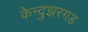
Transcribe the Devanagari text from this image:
केन्दुझरगड